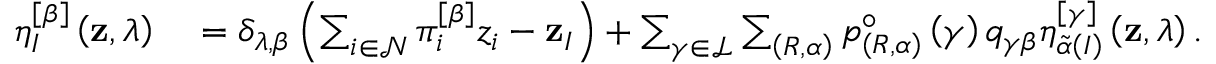
\begin{array} { r l } { \eta _ { I } ^ { \left[ \beta \right] } \left( \mathbf { z } , \lambda \right) } & { { } = \delta _ { \lambda , \beta } \left( \sum _ { i \in \mathcal { N } } \pi _ { i } ^ { \left[ \beta \right] } z _ { i } - \mathbf { z } _ { I } \right) + \sum _ { \gamma \in \mathcal { L } } \sum _ { \left( R , \alpha \right) } p _ { \left( R , \alpha \right) } ^ { \circ } \left( \gamma \right) q _ { \gamma \beta } \eta _ { \widetilde { \alpha } \left( I \right) } ^ { \left[ \gamma \right] } \left( \mathbf { z } , \lambda \right) . } \end{array}